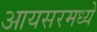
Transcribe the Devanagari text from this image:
आयसरमध्ये